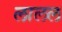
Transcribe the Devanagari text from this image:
लालल